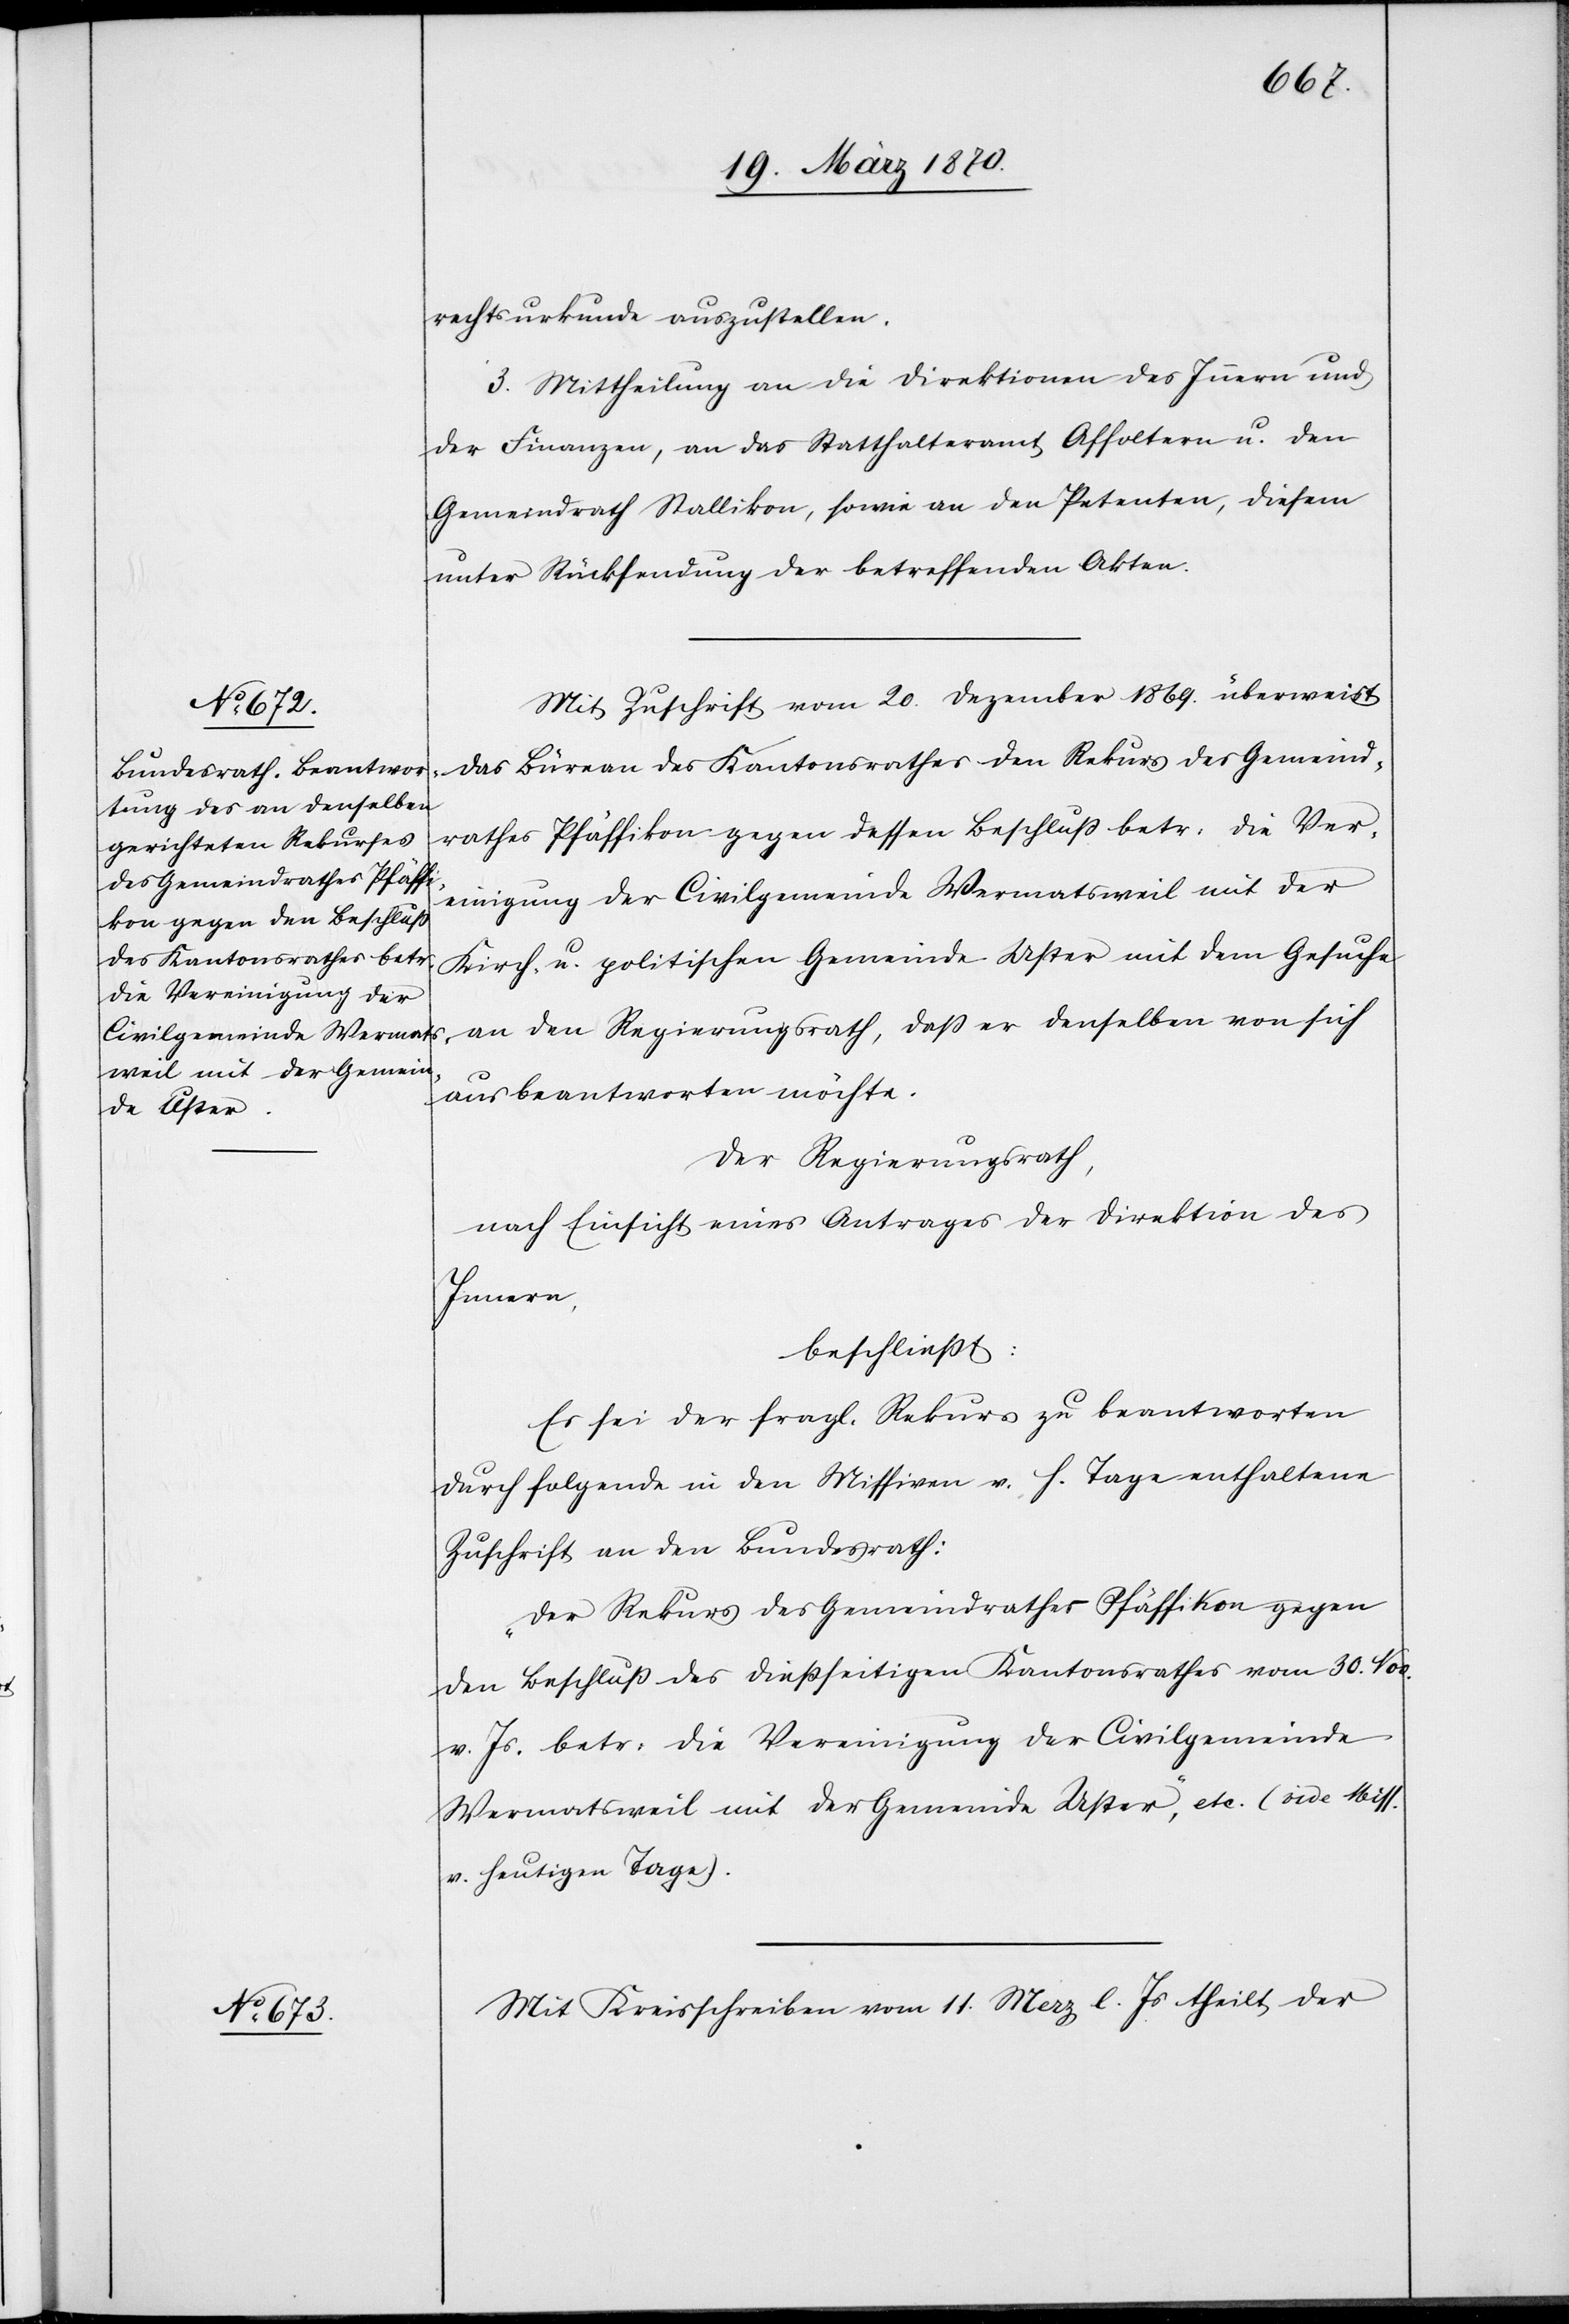
rechtsurkunde auszustellen.
3. Mittheilung an die Direktionen des Innern und
der Finanzen, an das Statthalteramt Affoltern u. den
Gemeindrath Stallikon, sowie an den Petenten, diesem
unter Rücksendung der betreffenden Akten.
Mit Zuschrift vom 20. Dezember 1869. überweist
das Büreau des Kantonsrathes den Rekurs des Gemeind¬
rathes Pfäffikon gegen dessen Beschluß betr: die Ver¬
einigung der Civilgemeinde Wermatsweil mit der
Kirch- u. politischen Gemeinde Uster mit dem Gesuche
an den Regierungsrath, daß er denselben von sich
aus beantworten möchte.
Der Regierungsrath,
nach Einsicht eines Antrages der Direktion des
Innern,
beschließt:
Es sei der fragl. Rekurs zu beantworten
durch folgende in den Missiven v. h. Tage enthaltene
Zuschrift an den Bundesrath:
„Der Rekurs des Gemeindrathes Pfäffikon gegen
den Beschluß des dießseitigen Kantonsrathes vom 30. Nov.
v. Js. betr: die Vereinigung der Civilgemeinde
Wermatsweil mit der Gemeinde Uster,“ etc. (vide Miss.
v. heutigen Tage).
Mit Kreisschreiben vom 11. Merz l. Js theilt der